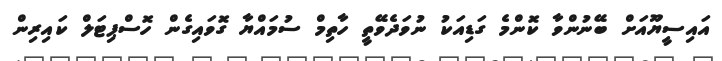
އައިސީޔޫއަށް ބޭނުންވާ ކޮންމެ ގަޑިއަކު ނުވަދެވޭތީ ހާތިމް ސުމައްޔާ ގޮވައިގެން ހޮސްޕިޓަލް ކައިރިން